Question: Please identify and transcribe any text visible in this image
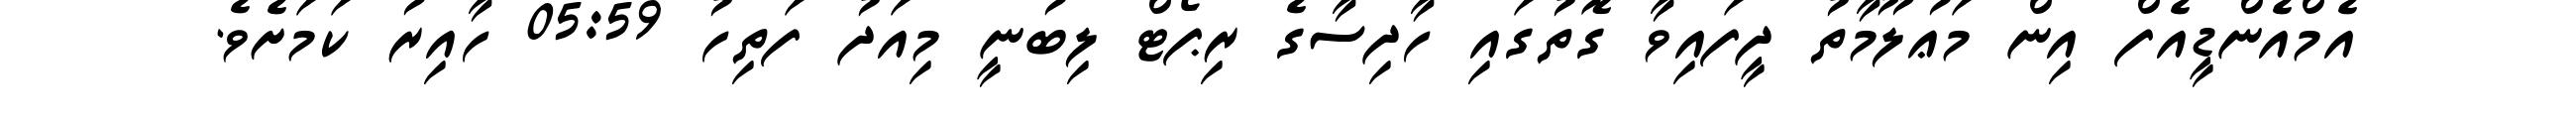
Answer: އެމްއެންޑީއެފް އިން މަޢުލޫމާތު ދީފައިވާ ގޮތުގައި ހާދިސާގެ ރިޕޯޓް ލިބުނީ މިއަދު ފަތިހު 05:59 ހާއިރު ކަމަށެވެ.